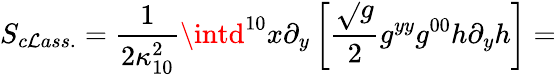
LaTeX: S_{c\mathcal{L}ass.}=\frac{{1}}{{2\kappa_{10}^{2}}}\intd^{10}x\partial_{y}\left[\frac{{\sqrt{}{{g}}}}{{2}}g^{yy}g^{00}h\partial_{y}h\right]=